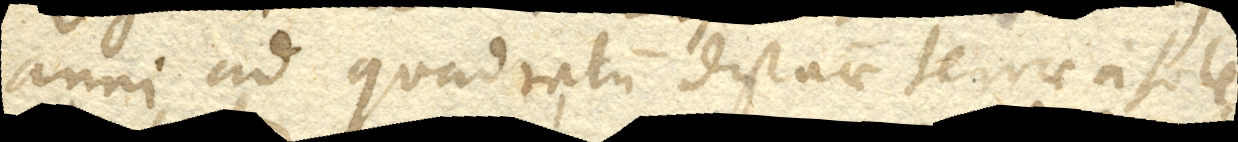
anni ad quadratum distantiae terrae a sole,